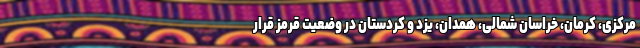
مرکزی، کرمان، خراسان شمالی، همدان، یزد و کردستان در وضعیت قرمز قرار